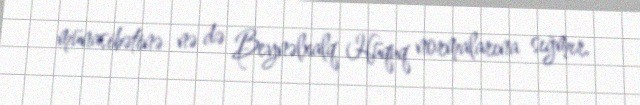
münasibətinə nə də Beynəlxalq Hüquq normalarına sığmır.